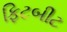
ફિટબીટ